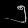
Digit: ၅